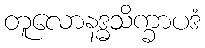
တူလောနဒ္ဓသိက္ခာပဒံ